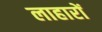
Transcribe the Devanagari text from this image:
लाहारों